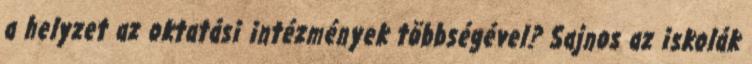
a helyzet az oktatási intézmények többségével? Sajnos az iskolák